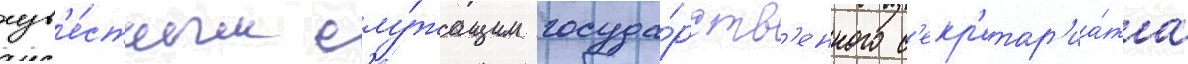
изв'е́стным слу́жащим госуда́рств'енного с'екр'етар'иа́та